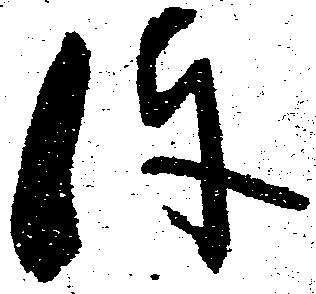
件